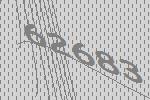
62683